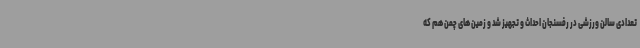
تعدادی سالن ورزشی در رفسنجان احداث و تجهیز شد و زمین های چمن هم که